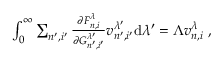
\begin{array} { r } { \int _ { 0 } ^ { \infty } \sum _ { n ^ { \prime } , i ^ { \prime } } \frac { \partial F _ { n , i } ^ { \lambda } } { \partial G _ { n ^ { \prime } , i ^ { \prime } } ^ { \lambda ^ { \prime } } } v _ { n ^ { \prime } , i ^ { \prime } } ^ { \lambda ^ { \prime } } \mathrm { d } \lambda ^ { \prime } = \Lambda v _ { n , i } ^ { \lambda } \; , } \end{array}